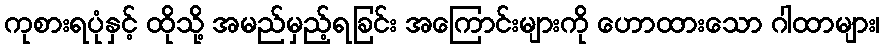
ကုစားရပုံနှင့် ထိုသို့ အမည်မှည့်ရခြင်း အကြောင်းများကို ဟောထားသော ဂါထာများ၊